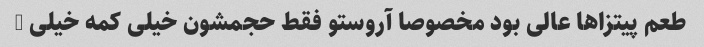
طعم پیتزاها عالی بود مخصوصا آروستو فقط حجمشون خیلی کمه خیلی …